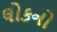
લોકનો